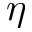
\boldsymbol { \eta }